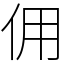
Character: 佣